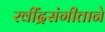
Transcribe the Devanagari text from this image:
रवींद्रसंगीताने